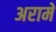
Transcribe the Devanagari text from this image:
अरामे